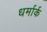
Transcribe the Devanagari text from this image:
धर्मार्क